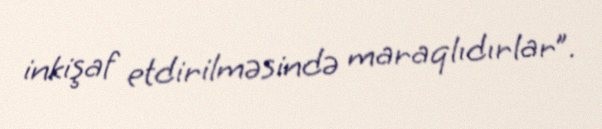
inkişaf etdirilməsində maraqlıdırlar”.